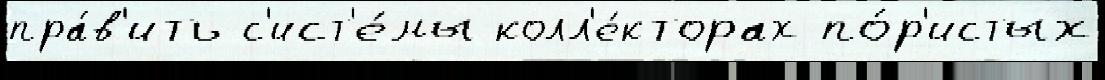
пра́в'ить с'ист'е́мы колл'е́кторах по́р'истых